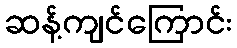
ဆန့်ကျင်ကြောင်း